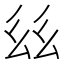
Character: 𢆾